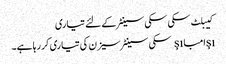
کیبلٹ سکی سکی سینٹر کے لئے تیاری
şıامباşı سکی سینٹر سیزن کی تیاری کر رہا ہے۔